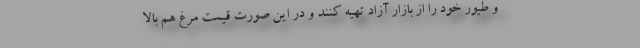
و طیور خود را از بازار آزاد تهیه کنند و در این صورت قیمت مرغ هم بالا